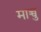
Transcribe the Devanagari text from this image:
माच्चु